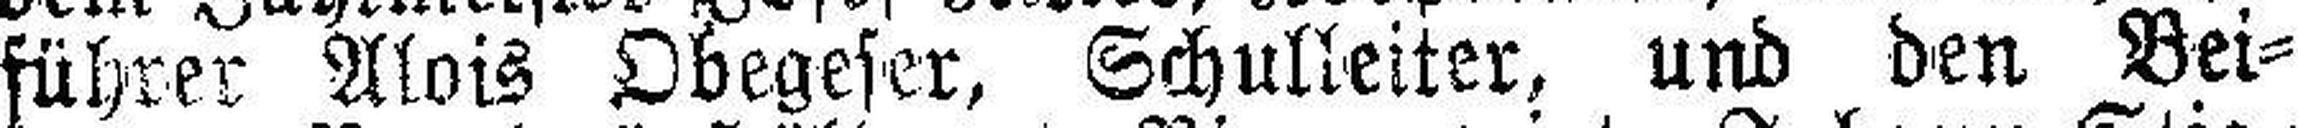
führer Alois Obegeser, Schulleiter, und den Bei¬